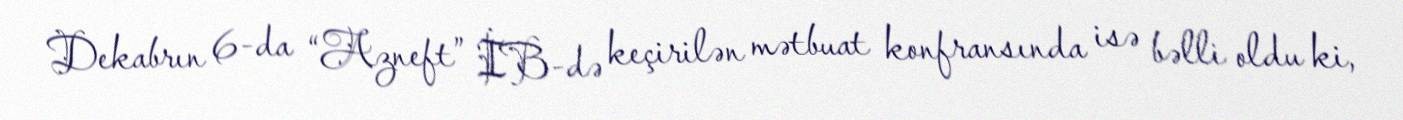
Dekabrın 6-da “Azneft” İB-də keçirilən mətbuat konfransında isə bəlli oldu ki,